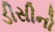
ડીસીનો